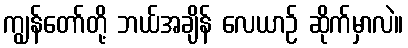
ကျွန်တော်တို့ ဘယ်အချိန် လေယာဉ် ဆိုက်မှာလဲ။